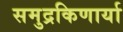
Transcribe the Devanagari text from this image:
समुद्रकिणार्या